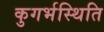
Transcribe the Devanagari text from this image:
कुगर्भस्थिति